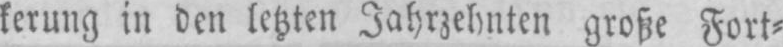
kerung in den letzten Jahrzehnten große Fort⸗